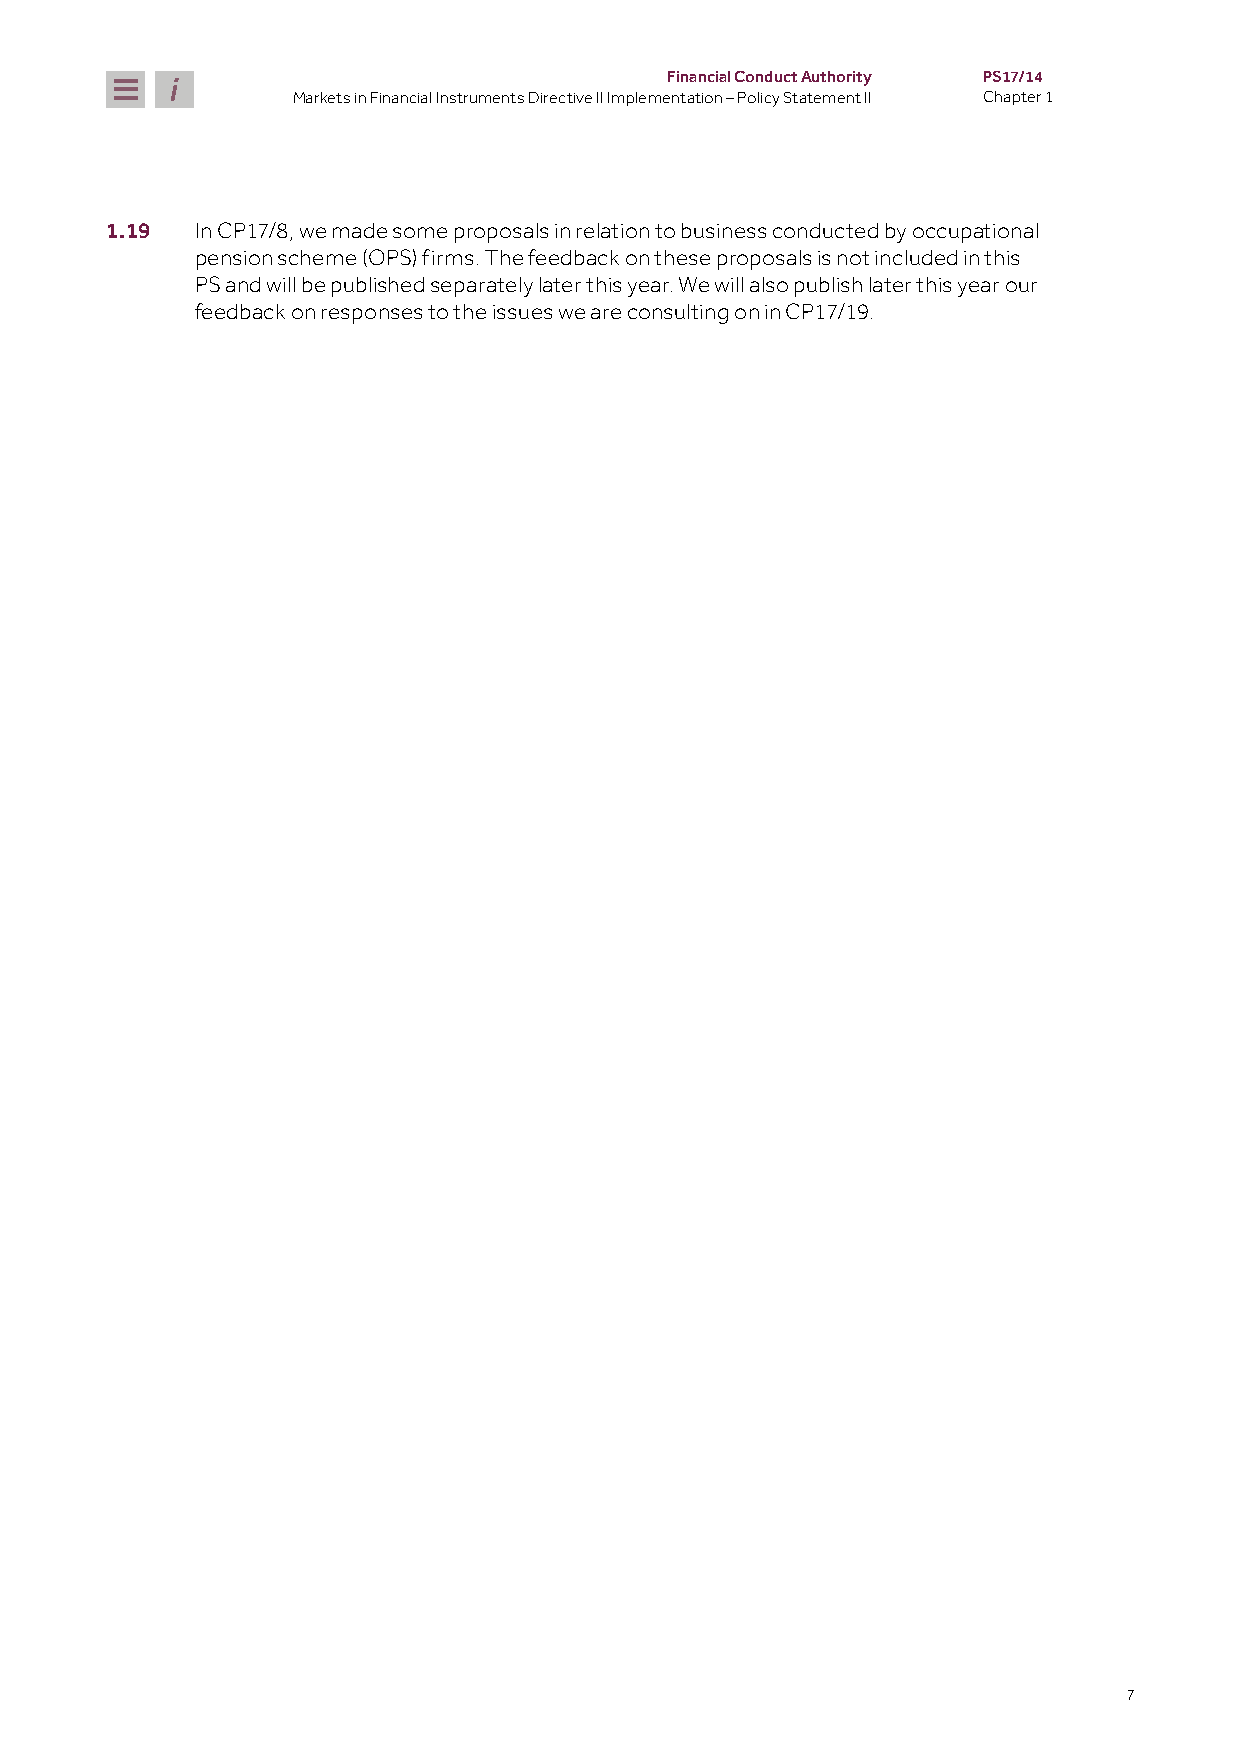
Financial Conduct Authority PS17/14
 Markets in Financial Instruments Directive II Implementation – Policy Statement II Chapter 1
 1.19  In CP17/8, we made some proposals in relation to business conducted by occupational
 pension scheme (OPS) firms. The feedback on these proposals is not included in this
 PS and will be published separately later this year. We will also publish later this year our
 feedback on responses to the issues we are consulting on in CP17/19.
 7